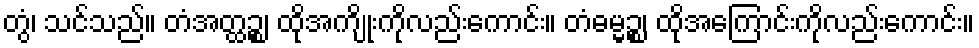
တွံ၊ သင်သည်။ တံအတ္ထဉ္စ၊ ထိုအကျိုးကိုလည်းကောင်း။ တံဓမ္မဉ္စ၊ ထိုအကြောင်းကိုလည်းကောင်း။